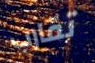
تقارب